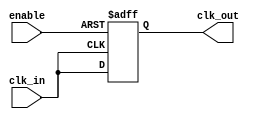
module clock_buffer (
    input wire clk_in,        // Input clock signal
    input wire enable,        // Enable signal
    output reg clk_out        // Output clock signal
);

// Parameters for propagation delay (in simulation)
parameter PROP_DELAY = 1; // Adjust as necessary for your design

// Internal signal for clock buffering
reg clk_buf;

// Clock buffer logic
always @(posedge clk_in or negedge enable) begin
    if (!enable) begin
        clk_buf <= 1'b0; // Disable output when enable is low
    end else begin
        clk_buf <= clk_in; // Buffer the input clock
    end
end

// Drive the output clock with minimal propagation delay
always @(clk_buf) begin
    #PROP_DELAY clk_out = clk_buf; // Introduce propagation delay
end

endmodule